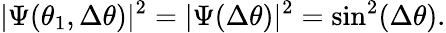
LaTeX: |\Psi(\theta_{1},\Delta\theta)|^{2}=|\Psi(\Delta\theta)|^{2}=\sin^{2}(\Delta\theta).